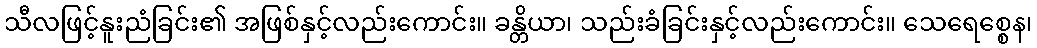
သီလဖြင့်နူးညံခြင်း၏ အဖြစ်နှင့်လည်းကောင်း။ ခန္တိယာ၊ သည်းခံခြင်းနှင့်လည်းကောင်း။ သေရေစ္စေန၊